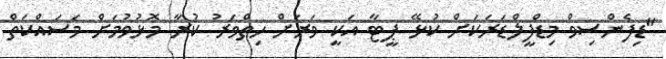
"ޑިފެންސިވް މިޑްފީލްޑަރަކަށް ކުޅޭ ޕީޓާ އަކީ ވަރަށް ހިތްވަރު ކުރާ މޮޅުވުމަށް މަސައްކަތް